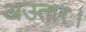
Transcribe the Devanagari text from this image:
अउतार।